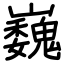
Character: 巍